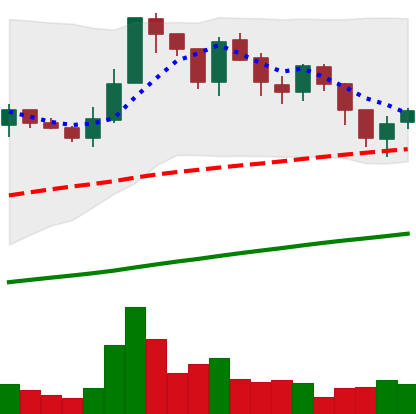
Ticker: LTC-USD
Chart end date: 2017-07-17
Forward return: 9.113%
Label: up_7plus